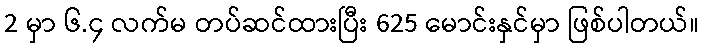
2 မှာ ၆.၄ လက်မ တပ်ဆင်ထားပြီး 625 မောင်းနှင်မှာ ဖြစ်ပါတယ်။